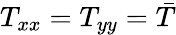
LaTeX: T_{xx}=T_{yy}=\bar{T}